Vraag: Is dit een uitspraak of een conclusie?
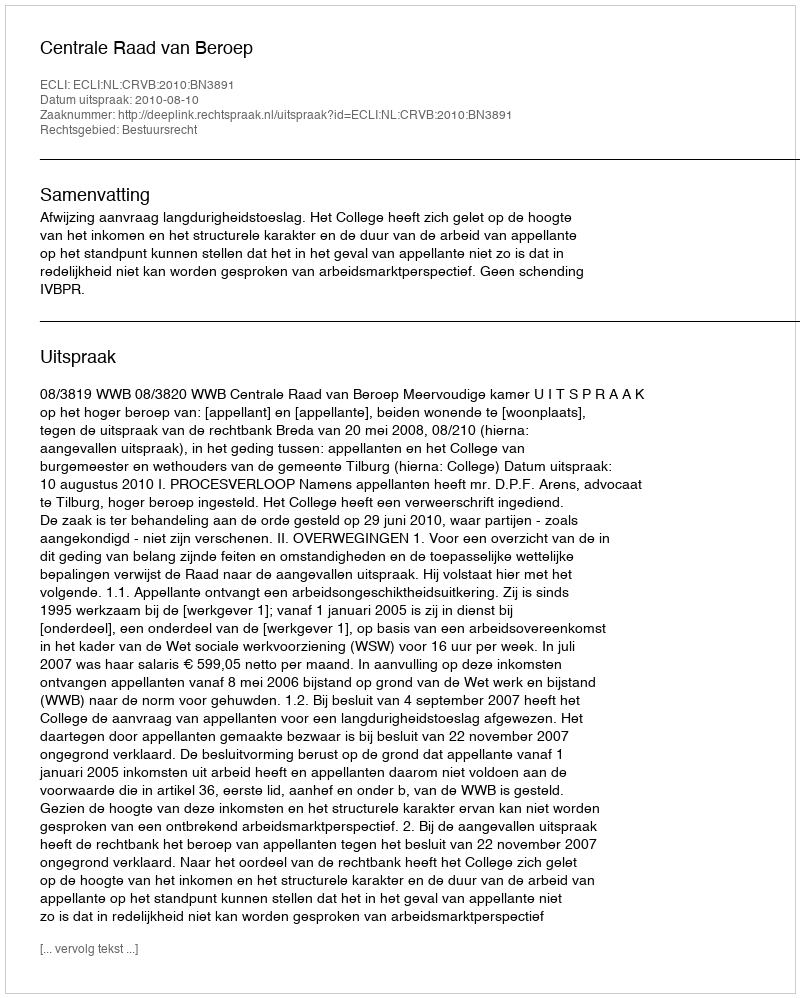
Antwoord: Uitspraak